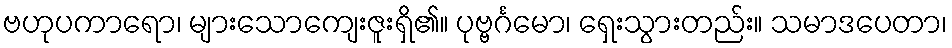
ဗဟုပကာရော၊ များသောကျေးဇူးရှိ၏။ ပုဗ္ဗင်္ဂမော၊ ရှေးသွားတည်း။ သမာဒပေတာ၊